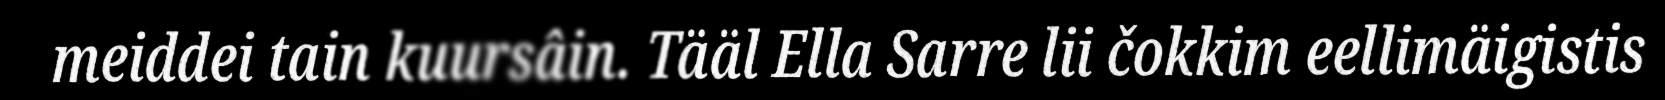
meiddei tain kuursâin. Tääl Ella Sarre lii čokkim eellimäigistis